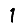
Digit: 1